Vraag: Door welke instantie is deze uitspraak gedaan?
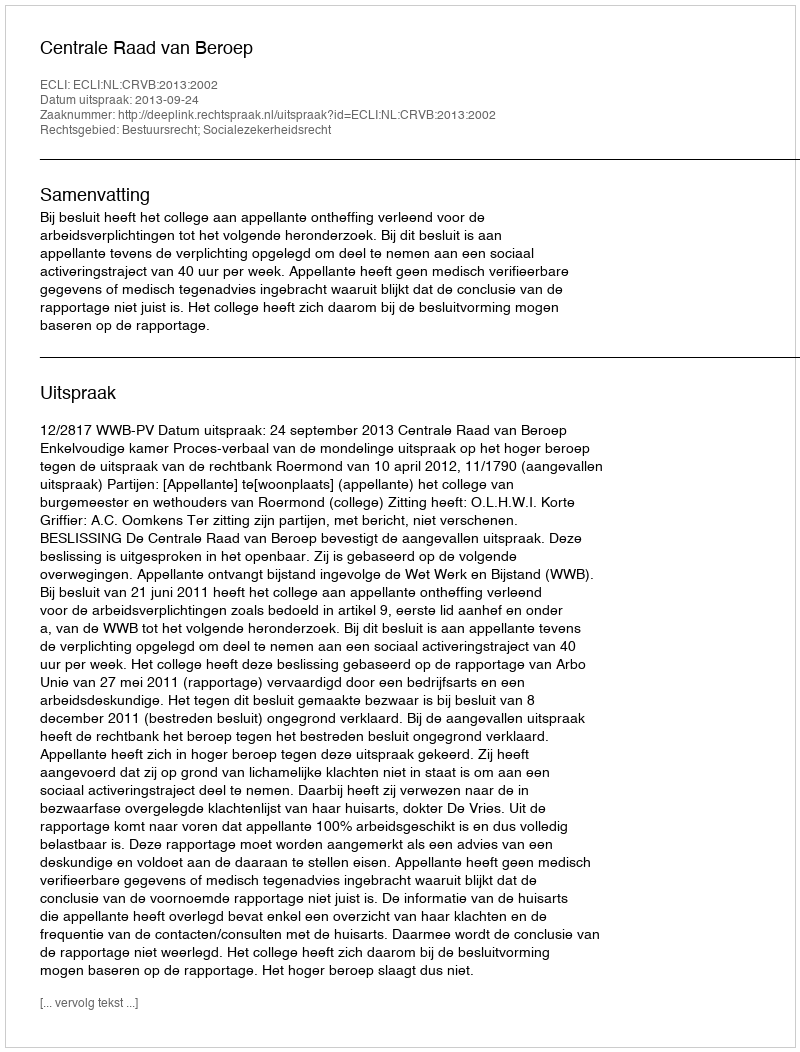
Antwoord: Centrale Raad van Beroep